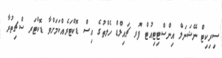
ސިރިކިޓް ނޭޝަނަލް އިންސްޓިޓިއުޓް ފޮރ ޗައިލްޑް ހެލްތުގެ އިސް ޑޮކްޓަރެއްކަމަށްވާ ޑޮކްޓަރ ސްޗިތުރާ